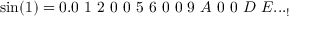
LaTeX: \sin ( 1 ) = 0 . 0 \ 1 \ 2 \ 0 \ 0 \ 5 \ 6 \ 0 \ 0 \ 9 \ A \ 0 \ 0 \ D \ E . . . _ { ! }